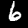
Label: 6